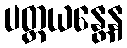
ပတ္ထယန္တေန